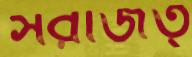
সরজিত্